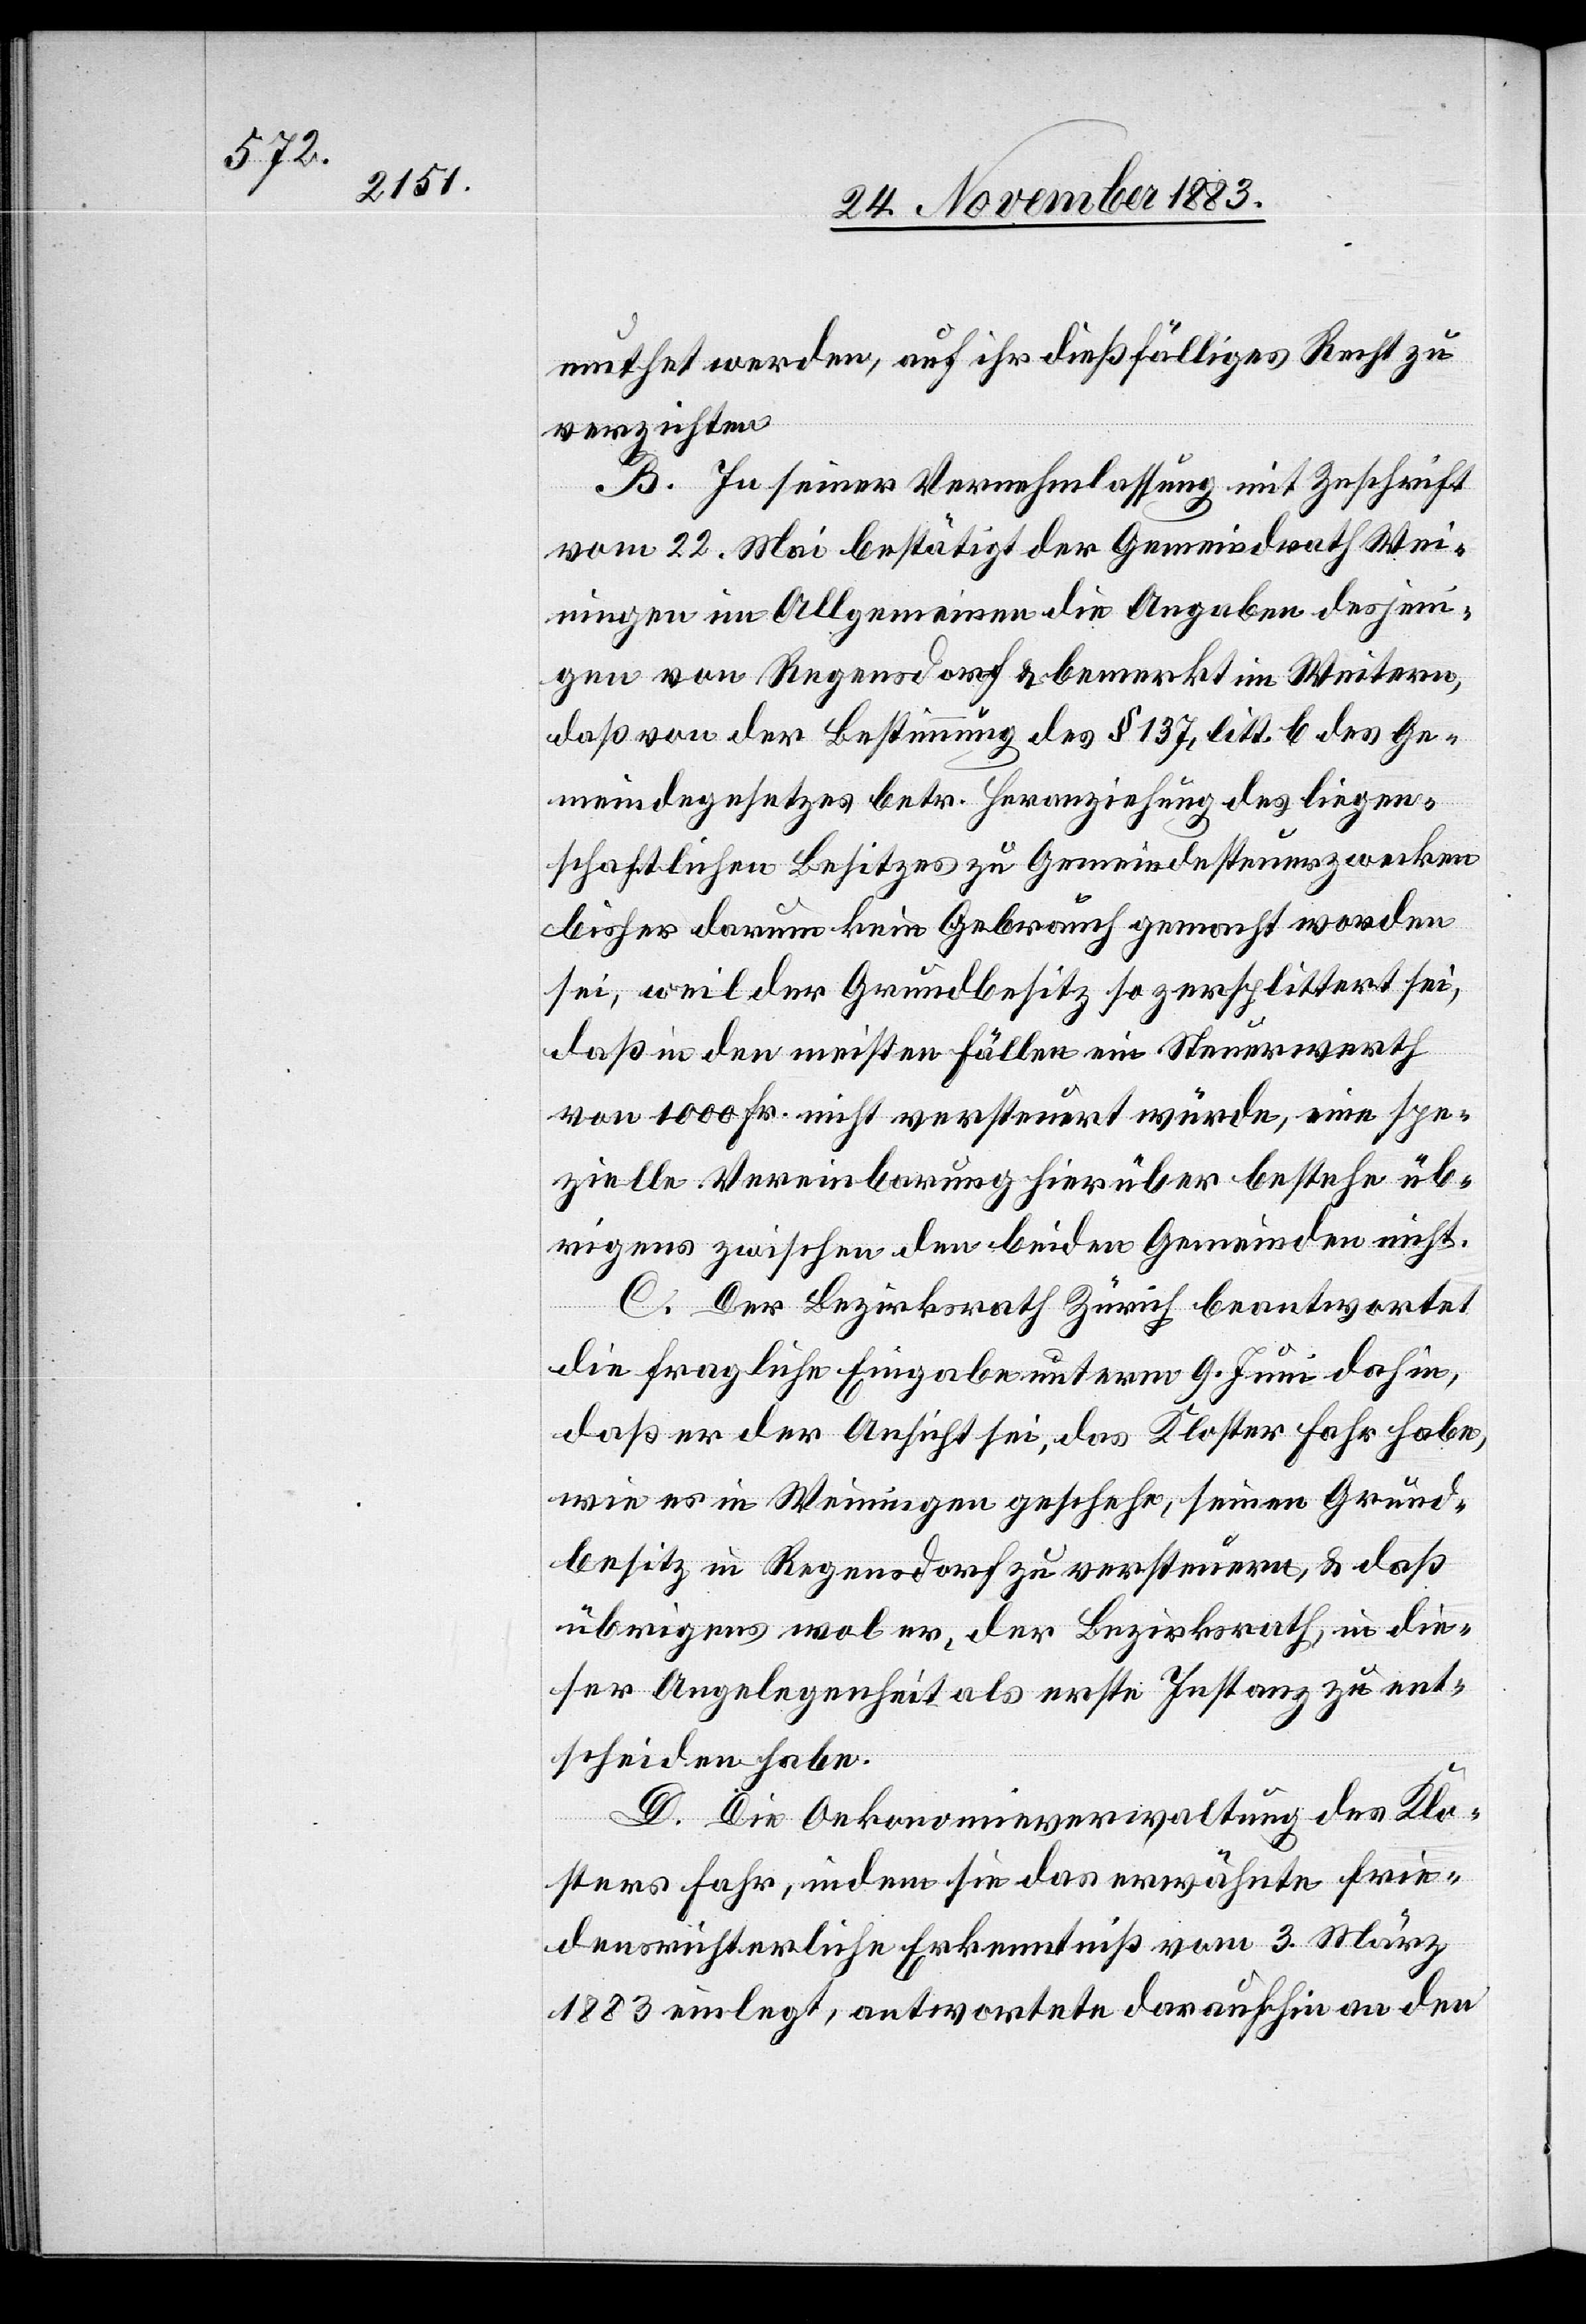
muthet werden, auf ihr dießfälliges Recht zu
verzichten.
B. In seiner Vernehmlassung mit Zuschrift
vom 22. Mai bestätigt der Gemeindrath Wei¬
ningen im Allgemeinen die Angaben desjeni¬
gen von Regensdorf & bemerkt im Weitern,
daß von der Bestimmung des § 137, litt. b. des Ge¬
meindegesetzes betr. Heranziehung des liegen¬
schaftlichen Besitzes zu Gemeindesteuerzwecken
bisher darum kein Gebrauch gemacht worden
sei, weil der Grundbesitz so zersplittert sei,
daß in den meisten Fällen ein Steuerwerth
von 1000 Fr. nicht versteuert würde, eine spe¬
zielle Vereinbarung hierüber bestehe üb¬
rigens zwischen den beiden Gemeinden nicht.
C. Der Bezirksrath Zürich beantwortet
die fragliche Eingabe unterm 9. Juni dahin,
daß er der Ansicht sei, das Kloster Fahr habe,
wie es in Weiningen geschehe, seinen Grund¬
besitz in Regensdorf zu versteuern, & daß
übrigens wol er, der Bezirksrath, in die¬
ser Angelegenheit als erste Instanz zu ent¬
scheiden habe.
D. Die Oekonomieverwaltung des Klo¬
sters Fahr, indem sie das erwähnte frie¬
densrichterliche Erkenntniß vom 3. März
1883 einlegt, antwortete daraufhin an den